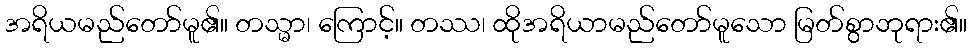
အရိယမည်တော်မူ၏။ တသ္မာ၊ ကြောင့်။ တဿ၊ ထိုအရိယာမည်တော်မူသော မြတ်စွာဘုရား၏။